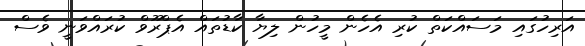
އަރިހުގައި މަސައްކަތް ކުރި އެހެން މީހުން ލިޔާ ކާޑުތައް އެޕްރޫވް ކުރައްވަނީ ވެސް